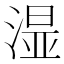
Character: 𣺯